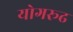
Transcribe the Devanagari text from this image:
योगरूढ